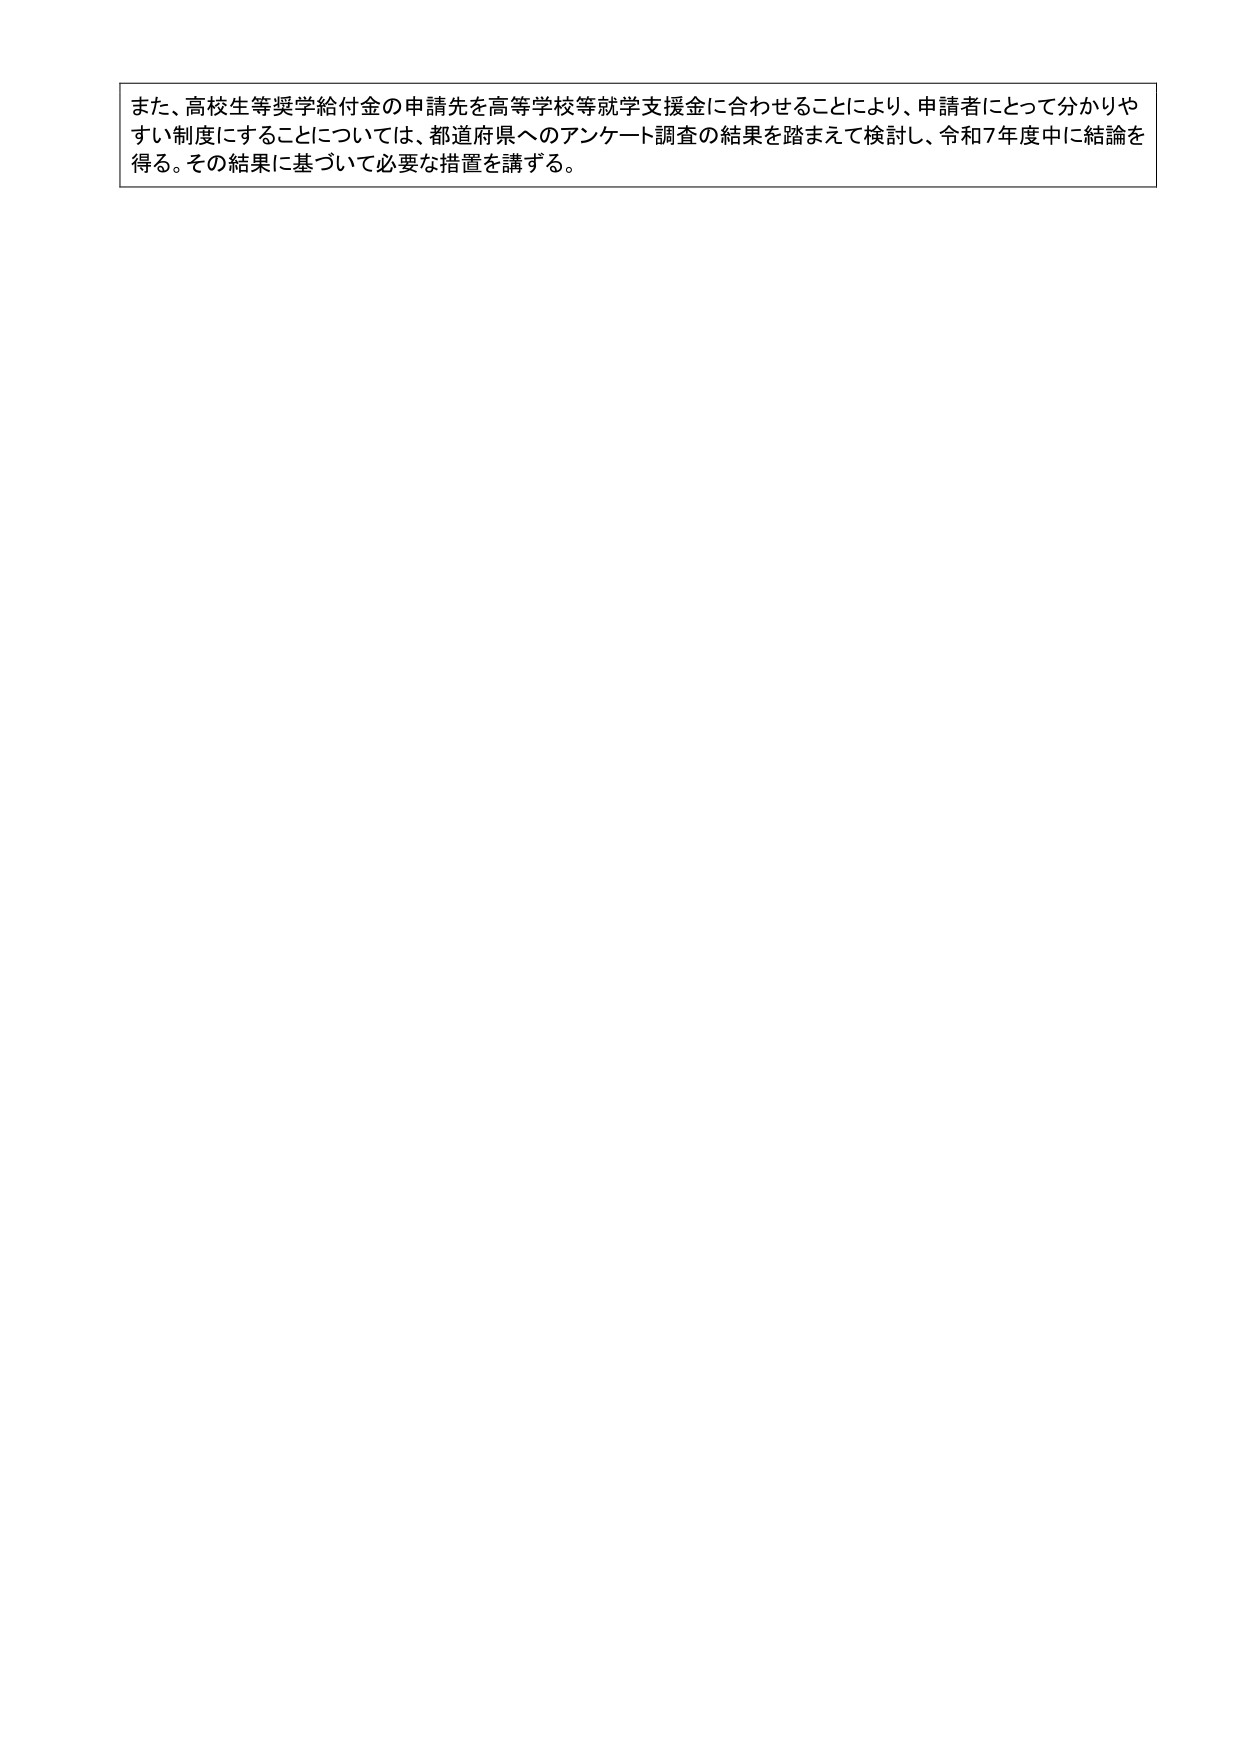
また、高校生等奨学給付金の申請先を高等学校等就学支援金に合わせることにより、申請者にとって分かりやすい制度にすることについては、都道府県へのアンケート調査の結果を踏まえて検討し、令和7年度中に結論を得る。その結果に基づいて必要な措置を講ずる。